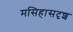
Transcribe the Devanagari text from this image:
मसिहासदृश